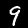
Digit: 9